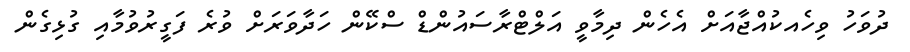
ދުވަހު ވިހެއކުއްޖާއަށް އެހެން ދިމާވީ އަލްޓްރާސައުންޑް ސްކޭން ހަދާވަރަށް ވުރެ ފަގީރުވުމާއި ގުޅިގެން